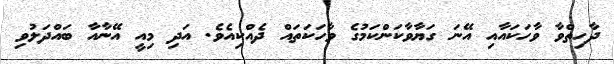
ދާހިތްވާ ވާހަކައާއި އޭނަ ގަޔާވާކަންކަމުގެ ވާހަކަތައް ދެއްކިއެވެ. އަދި މިއީ އޭނާއާ ބައްދަލުވި